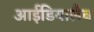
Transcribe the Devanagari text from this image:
आईडियालैब